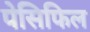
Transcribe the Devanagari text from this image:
पेसिफिल